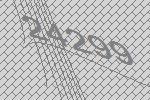
24299